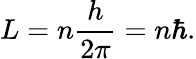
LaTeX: L=n{\frac{h}{2\pi}}=n\hbar.